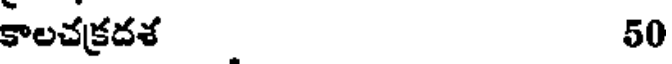
కాలచక్రదశ 50